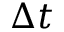
\Delta t